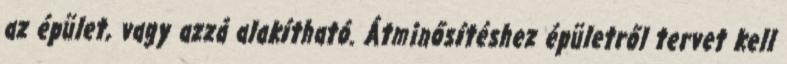
az épület, vagy azzá alakítható. Átminősítéshez épületről tervet kell